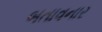
બતાવનાર